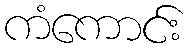
ကံကောင်း